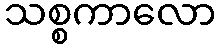
သစ္စကာလော